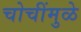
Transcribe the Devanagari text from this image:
चोचींमुळे